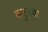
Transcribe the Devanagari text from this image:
बाटुच्या